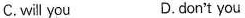
C.will you D.don't you